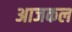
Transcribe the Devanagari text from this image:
अाजकल